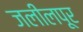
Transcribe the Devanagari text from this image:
जलीलपूर